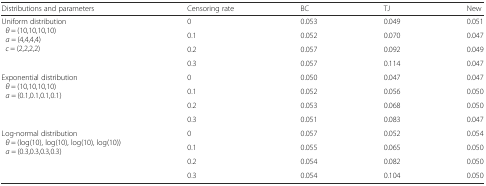
| Distributions and parameters | Censoring rate | BC | TJ | New |
 | --- | --- | --- | --- | --- |
 | <ROWSPAN=4> Uniform distribution θ = (10,10,10,10) a = (4,4,4,4) c = (2,2,2,2) | 0 | 0.053 | 0.049 | 0.051 |
 | 0.1 | 0.052 | 0.070 | 0.047 |
 | 0.2 | 0.057 | 0.092 | 0.049 |
 | 0.3 | 0.057 | 0.114 | 0.047 |
 | <ROWSPAN=4> Exponential distribution θ = (10,10,10,10) a = (0.1,0.1,0.1,0.1) | 0 | 0.050 | 0.047 | 0.047 |
 | 0.1 | 0.052 | 0.056 | 0.050 |
 | 0.2 | 0.053 | 0.068 | 0.050 |
 | 0.3 | 0.051 | 0.083 | 0.047 |
 | <ROWSPAN=4> Log-normal distribution θ = (log(10), log(10), log(10), log(10)) a = (0.3,0.3,0.3,0.3) | 0 | 0.057 | 0.052 | 0.054 |
 | 0.1 | 0.055 | 0.065 | 0.050 |
 | 0.2 | 0.054 | 0.082 | 0.050 |
 | 0.3 | 0.054 | 0.104 | 0.050 |